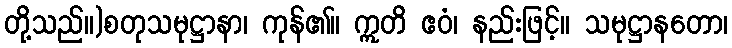
တို့သည်။)စတုသမုဋ္ဌာနာ၊ ကုန်၏။ ဣတိ ဧဝံ၊ နည်းဖြင့်။ သမုဋ္ဌာနတော၊